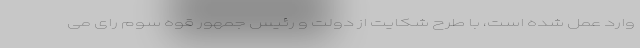
وارد عمل شده است، با طرح شکایت از دولت و رئیس جمهور قوه سوم رای می